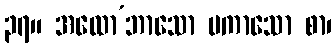
၃၇။ အထော’ဘာသော ပကာသော စာ၊